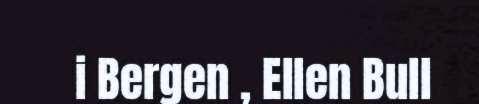
i Bergen , Ellen Bull